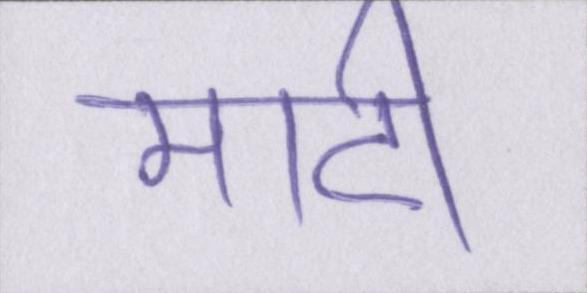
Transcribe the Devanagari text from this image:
माटी